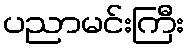
ပညာမင်းကြီး